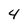
Character: 4